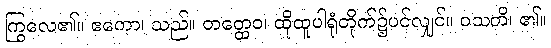
ကြွလေ၏။ ဧကော၊ သည်။ တတ္ထေဝ၊ ထိုထူပါရုံတိုက်၌ပင်လျှင်။ ဝသတိ၊ ၏။